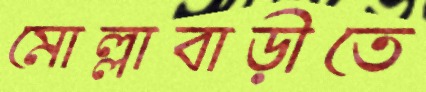
মোল্লাবাড়ীতে